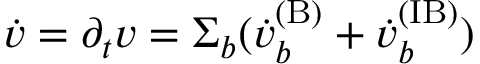
\dot { v } = \partial _ { t } v = \Sigma _ { b } ( \ensuremath { \dot { v } _ { b } ^ { \mathrm { ( B ) } } } + \ensuremath { \dot { v } _ { b } ^ { \mathrm { ( I B ) } } } )